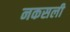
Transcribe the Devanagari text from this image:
नकसली